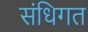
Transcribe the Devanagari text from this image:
संधिगत